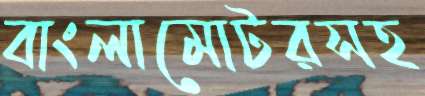
বাংলামোটরসহ